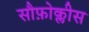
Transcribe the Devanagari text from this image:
सौफ़ोक्लीस